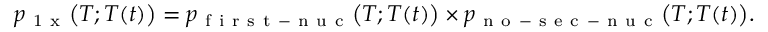
p _ { \mathrm { ~ 1 ~ x ~ } } \big ( T ; T ( t ) \big ) = p _ { \mathrm { ~ f ~ i ~ r ~ s ~ t ~ - ~ n ~ u ~ c ~ } } \big ( T ; T ( t ) \big ) \times p _ { \mathrm { ~ n ~ o ~ - ~ s ~ e ~ c ~ - ~ n ~ u ~ c ~ } } \big ( T ; T ( t ) \big ) .